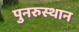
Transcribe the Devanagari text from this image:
पुनरुस्थान